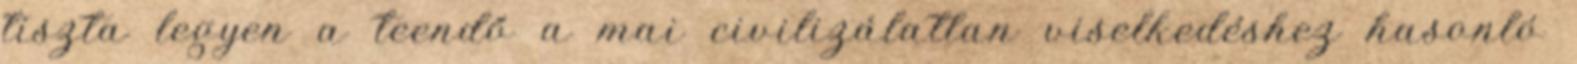
tiszta legyen a teendő a mai civilizálatlan viselkedéshez hasonló